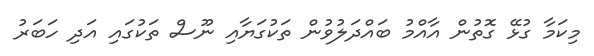
މިކަމާ ގުޅޭ ގޮތުން އާއްމު ބައްދަލުވުން ތަކުގަޔާއި ނޫސް ތަކުގައި އަދި ހަބަރު